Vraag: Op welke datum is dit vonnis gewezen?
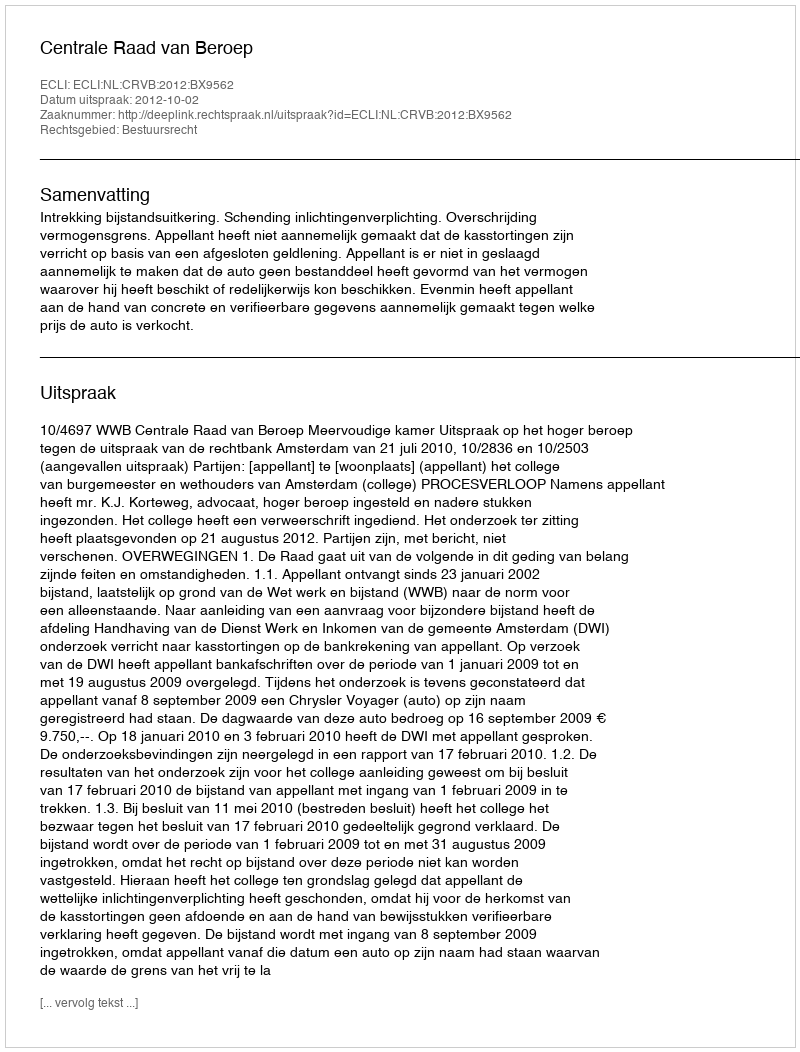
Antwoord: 2012-10-02